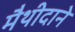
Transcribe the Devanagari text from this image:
मैथीदाने